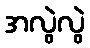
အလွဲလွဲ